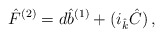
\begin{align*}{\hat F}^{(2)}=d{\hat b}^{(1)}+ (i_{\hat k}{\hat C})\, ,\end{align*}